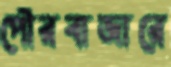
পৌরবাজারে